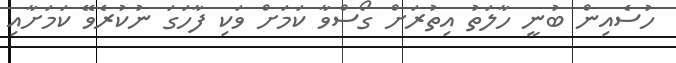
ހުސެއިން ބުނީ ހާލަތު އިތުރަށް ގޯސްވާ ކަމަށް ވަކި ފާހަގަ ނުކުރެވޭ ކަމަށާއި